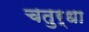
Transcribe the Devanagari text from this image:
चतुर्धा